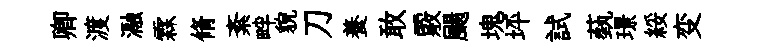
卿渡瀜霖脩紊畔貌刀養敢覈颺塊坪試蓺璟綏变